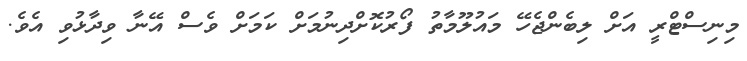
މިނިސްޓްރީ އަށް ލިބެންޖެހޭ މައުލޫމާތު ފޯރުކޮށްދިނުމަށް ކަމަށް ވެސް އޭނާ ވިދާޅުވި އެވެ.